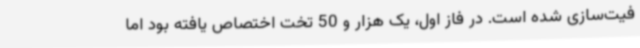
فیت‌سازی شده است. در فاز اول، یک‌ هزار و 50 تخت اختصاص یافته بود اما